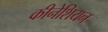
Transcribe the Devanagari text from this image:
कीनेशियन